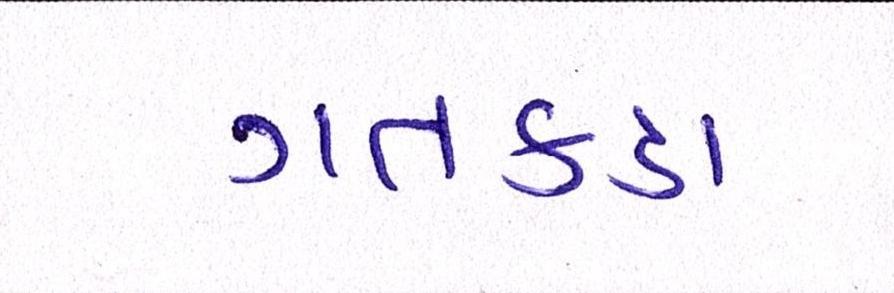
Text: ગતકડા